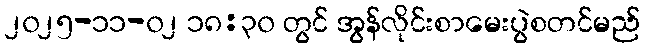
၂၀၂၅-၁၁-၀၂ ၁၈:၃၀ တွင် အွန်လိုင်းစာမေးပွဲစတင်မည်